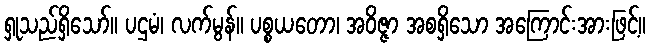
ရှုသည်ရှိသော်။ ပဌမံ၊ လက်မွန်။ ပစ္စယတော၊ အဝိဇ္ဇာ အစရှိသော အကြောင်းအားဖြင့်။